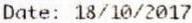
DATE: 18/10/2017